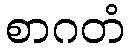
စာဂတံ